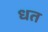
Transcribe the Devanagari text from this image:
धत